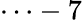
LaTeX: \cdots-7